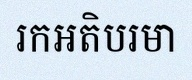
រកអតិបរមា